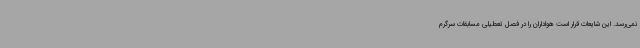
نمی‌رسد. این شایعات قرار است هواداران را در فصل تعطیلی مسابقات سرگرم